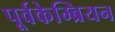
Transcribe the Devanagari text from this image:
पूर्वकेम्ब्रियन